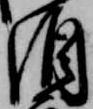
酒